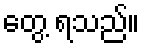
တွေ့ ရသည်။